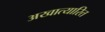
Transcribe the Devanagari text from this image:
अखात्यारित